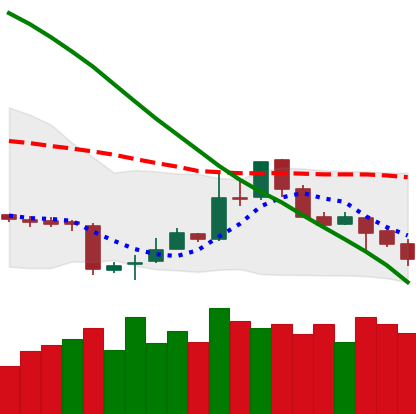
Ticker: LTC-USD
Chart end date: 2018-11-13
Forward return: -14.827%
Label: down_7plus